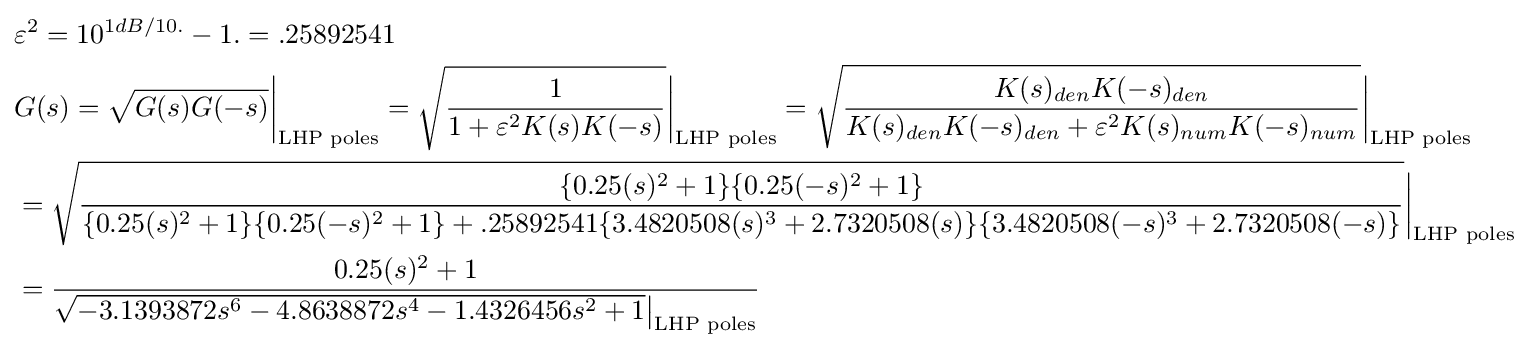
{\begin{aligned}&\varepsilon ^{2}=10^{1dB/10.}-1.=.25892541\\&G(s)={\sqrt {G(s)G(-s)}}{\bigg |}_{\text{LHP poles}}={\sqrt {\frac {1}{1+\varepsilon ^{2}K(s)K(-s)}}}{\bigg |}_{\text{LHP poles}}={\sqrt {\frac {K(s)_{den}K(-s)_{den}}{K(s)_{den}K(-s)_{den}+\varepsilon ^{2}K(s)_{num}K(-s)_{num}}}}{\bigg |}_{\text{LHP poles}}\\&={\sqrt {\frac {\{0.25(s)^{2}+1\}\{{0.25(-s)^{2}+1}\}}{\{0.25(s)^{2}+1\}\{{0.25(-s)^{2}+1}\}+.25892541\{3.4820508(s)^{3}+2.7320508(s)\}\{3.4820508(-s)^{3}+2.7320508(-s)\}}}}{\bigg |}_{\text{LHP poles}}\\&={\frac {0.25(s)^{2}+1}{{\sqrt {-3.1393872s^{6}-4.8638872s^{4}-1.4326456s^{2}+1}}{\bigr |}_{\text{LHP poles}}}}\\\end{aligned}}